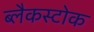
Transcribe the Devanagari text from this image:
ब्लैकस्टोक